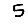
Digit: 5